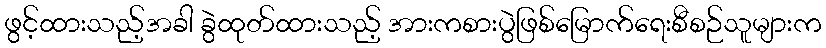
ဖွင့်ထားသည့်အခါ ခွဲထုတ်ထားသည့် အားကစားပွဲဖြစ်မြောက်ရေးစီစဉ်သူများက